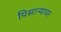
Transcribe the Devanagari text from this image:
पिसाऱ्यावर